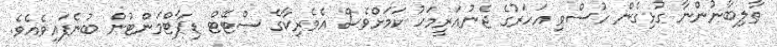
ޠާލިބާނުންނާ ގުޅިގެން ހުސްވި އަހަރުގެ ޖެނުއަރީމަހު ކަމަށްވެސް އެމެރިކާގެ ސްޓޭޓް ޑިޕާޓްމަންޓުން ބުނެފައިވެއެވެ.